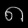
Digit: ၈